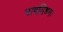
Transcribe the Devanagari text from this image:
पाषण्डिनः